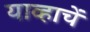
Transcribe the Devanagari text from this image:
याव्हाचें